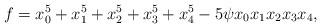
LaTeX: \begin{align*}f=x_0^5+x_1^5+x_2^5+x_3^5+x_4^5-5\psi x_0x_1x_2x_3x_4,\end{align*}